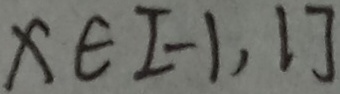
x \in [ - 1 , 1 ]